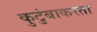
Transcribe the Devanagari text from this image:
कुटुंबाकरता